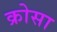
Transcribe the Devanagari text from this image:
क्रोसा